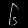
Digit: ၆